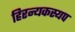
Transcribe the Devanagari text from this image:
हिरन्यकस्यप